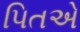
પિતએ